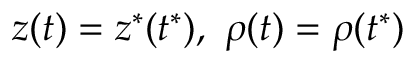
z ( t ) = z ^ { * } ( t ^ { * } ) , \ \rho ( t ) = \rho ( t ^ { * } )